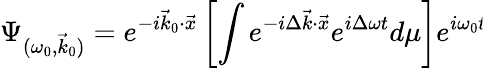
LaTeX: \Psi_{(\omega_{0},\vec{k}_{0})}=e^{-i\vec{k}_{0}{\cdot}\vec{x}}\left[\int e^{-i\Delta\vec{k}{\cdot}\vec{x}}e^{i\Delta\omega t}d\mu\right]e^{i\omega_{0}t}\!